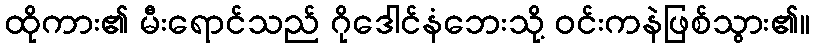
ထိုကား၏ မီးရောင်သည် ဂိုဒေါင်နံဘေးသို့ ဝင်းကနဲဖြစ်သွား၏။